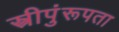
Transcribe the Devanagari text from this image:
स्त्रीपुंरूपता